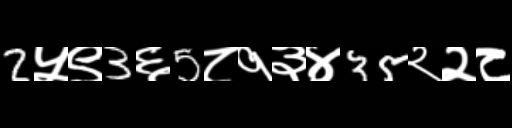
Text: 2५९3६5८१३४35२२८